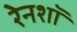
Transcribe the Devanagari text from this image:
रेनशॉ